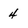
Character: 4